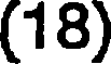
(18)